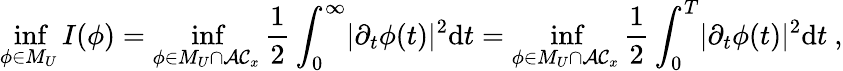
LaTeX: \operatorname*{inf}_{\phi\in M_{U}}I(\phi)=\operatorname*{inf}_{\phi\in M_{U}\cap\mathcal{AC}_{x}}\frac{1}{2}\int_{0}^{\infty}\lvert\partial_{t}\phi(t)\rvert^{2}\mathrm{d}t=\operatorname*{inf}_{\phi\in M_{U}\cap\mathcal{AC}_{x}}\frac{1}{2}\int_{0}^{T}\lvert\partial_{t}\phi(t)\rvert^{2}\mathrm{d}t\ ,